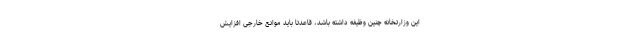
این وزارتخانه چنین وظیفه‌ داشته باشد، قاعدتا باید موانع خارجی افزایش